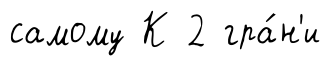
самому К 2 гра́н'и